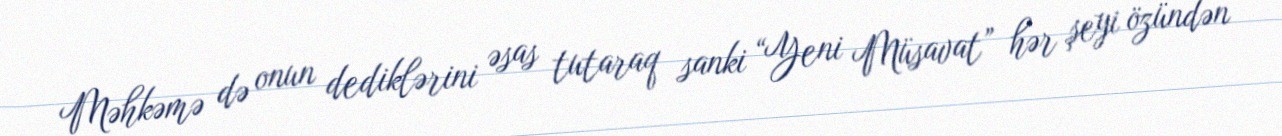
Məhkəmə də onun dediklərini əsas tutaraq sanki “Yeni Müsavat” hər şeyi özündən